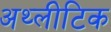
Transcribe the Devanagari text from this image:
अथ्लीटिक